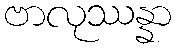
ဗာလုဿန္နာ